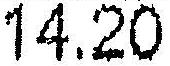
14.20